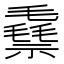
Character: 䄟